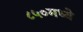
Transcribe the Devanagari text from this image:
८५०मध्ये